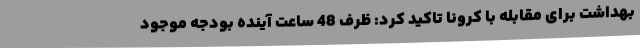
بهداشت برای مقابله با کرونا تاکید کرد: ظرف 48 ساعت آینده بودجه موجود